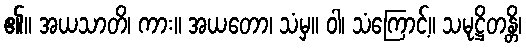
၏။ အယသာတိ၊ ကား။ အယတော၊ သံမှ။ ဝါ၊ သံကြောင့်။ သမုဋ္ဌိတန္တိ၊